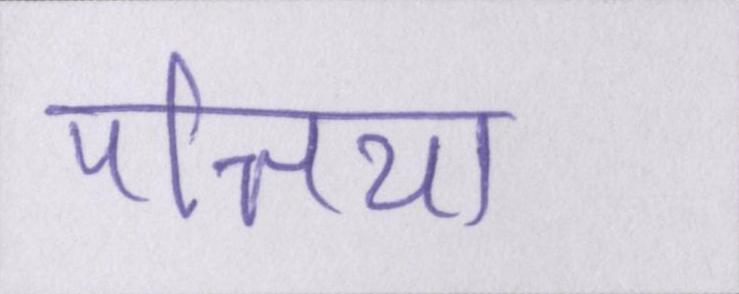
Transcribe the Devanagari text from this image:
पत्तिया